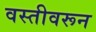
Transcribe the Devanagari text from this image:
वस्तीवरून